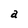
Character: a